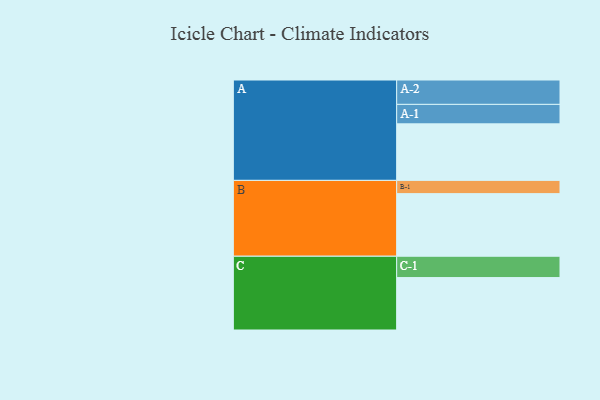
{"axis": {"x": "Segment", "y": "Value"}, "legend": ["", "A", "B", "C"], "data": [{"x": "A", "y": 482, "type": ""}, {"x": "B", "y": 534, "type": ""}, {"x": "C", "y": 447, "type": ""}, {"x": "A-1", "y": 166, "type": "A"}, {"x": "A-2", "y": 208, "type": "A"}, {"x": "B-1", "y": 113, "type": "B"}, {"x": "C-1", "y": 182, "type": "C"}]}